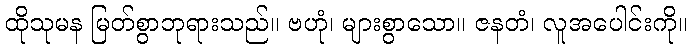
ထိုသုမန မြတ်စွာဘုရားသည်။ ဗဟုံ၊ များစွာသော။ ဇနတံ၊ လူအပေါင်းကို။